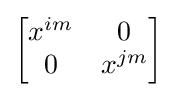
{\begin{bmatrix}x^{im}&0\\0&x^{jm}\end{bmatrix}}